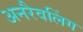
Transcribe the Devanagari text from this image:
अनरैवलिंग